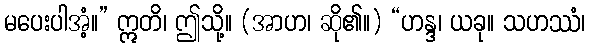
မပေးပါအံ့။” ဣတိ၊ ဤသို့။ (အာဟ၊ ဆို၏။) “ဟန္ဒ၊ ယခု။ သဟဿံ၊